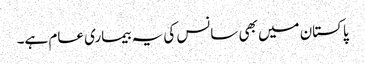
پاکستان میں بھی سانس کی یہ بیماری عام ہے۔